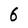
Character: 6